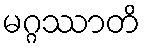
မဂ္ဂဿာတိ